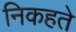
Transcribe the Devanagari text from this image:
निकहते